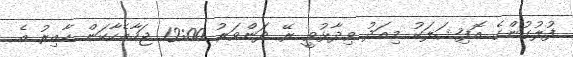
ފުލުގުންގެ އޮފިޝަލަކު މިއަދު ވިދާޅުވީ ރޭ ދަންވަރު 12:00 ޖަހާއެހާކަން ހާއިރު އެ